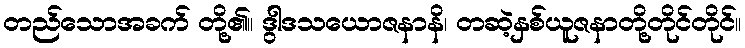
တည်သောအခက် တို့၏။ ဒွါဒသယောဇနာနိ၊ တဆဲ့နှစ်ယူဇနာတို့တိုင်တိုင်။